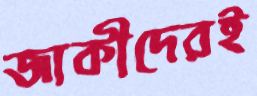
জাকীদেরই